Lunatic asylums in Bengal annual reports 1888-1898 - 1888-1898
Year: 1888
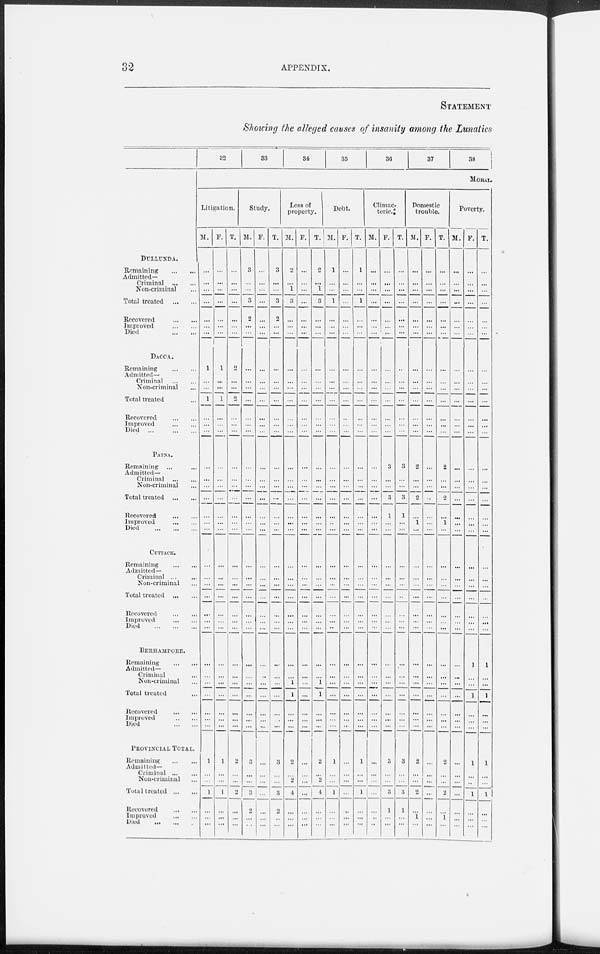
32
APPENDIX.
STATEMENT
Showing the alleged causes of insanity among the Lunatics
DULLUNDA.
Remaining
...
...
Admitted—
Criminal
...
...
Non-criminal ...
Total treated
...
Recovered
...
...
Improved
...
...
Died
...
...
DACCA.
Remaining
...
...
Admitted—
Criminal
...
...
Non-criminal ...
Total treated ...
Recovered
...
...
Improved
...
...
Died
...
...
PATNA.
Remaining ... ...
Admitted—
Criminal
...
...
Non-criminal ...
Total treated
...
...
Recovered
...
...
Improved
...
...
Died
...
...
...
CUTTACK.
Remaining
...
...
Admitted—
Criminal
...
...
Non-criminal ... ...
Total treated
...
...
Recovered
...
...
Improved
...
...
Died
...
...
...
BERHAMPORE.
Remaining
Admitted—
Criminal ... ...
Non-criminal... ...
Total treated...
Recovered
...
...
Improved
...
...
Died
...
...
...
PROVINCIAL TOTAL.
Remaining
...
...
Admitted—
Criminal
...
...
Non-criminal ... ...
Total treated
...
...
Recovered
...
...
Improved
...
...
Died ... ... ...
32
33
34
35
36
37
38
MORAL.
Litigation.
M.
...
...
...
...
...
...
...
1
...
...
1
...
...
...
...
...
...
...
...
...
...
...
...
...
...
...
...
...
...
...
...
...
...
...
...
1
...
...
1
...
...
...
F.
...
...
...
...
...
...
...
1
...
...
1
...
...
...
...
...
...
...
...
...
...
...
...
...
...
...
...
...
...
...
...
...
...
...
...
1
...
...
1
...
...
...
T.
...
...
...
...
...
...
...
2
...
...
2
...
...
...
...
...
...
...
...
...
...
...
...
...
...
...
...
...
...
...
...
...
...
...
...
2
...
...
2
...
...
...
Study.
M.
3
...
...
3
2
...
...
...
...
...
...
...
...
...
...
...
...
...
...
...
...
...
...
...
...
...
...
...
...
...
...
...
...
...
...
3
...
...
3
2
...
...
F.
...
...
...
...
...
...
...
...
...
...
...
...
...
...
...
...
...
...
...
...
...
...
...
...
...
...
...
...
...
...
...
...
...
...
...
...
...
...
...
...
...
...
T.
3
...
...
3
2
...
...
...
...
...
...
...
...
...
...
...
...
...
...
...
...
...
...
...
...
...
...
...
...
...
...
...
...
...
...
3
...
...
3
2
...
...
Loss of
property.
M.
2
...
1
3
...
...
...
...
...
...
...
...
...
...
...
...
...
...
...
...
...
...
...
...
...
...
...
...
...
...
1
1
...
...
...
2
...
2
4
...
...
...
F.
...
...
...
...
...
...
...
...
...
...
...
...
...
...
...
...
...
...
...
...
...
...
...
...
...
...
...
...
...
...
...
...
...
...
...
...
...
...
...
...
...
...
T.
2
...
1
3
...
...
...
...
...
...
...
...
...
...
...
...
...
...
...
...
...
...
...
...
...
...
...
...
...
...
1
1
...
...
...
2
...
2
4
...
...
...
Debt.
M.
1
...
...
1
...
...
...
...
...
...
...
...
...
...
...
...
...
...
...
..
...
...
...
...
...
...
...
...
...
...
...
...
...
...
...
1
...
...
1
...
...
...
F.
...
...
...
...
...
...
...
...
...
...
...
...
...
...
...
...
...
...
...
...
...
...
...
...
...
...
...
...
...
...
...
...
...
...
...
...
...
...
...
...
...
...
T.
1
...
...
1
...
...
...
...
...
...
...
...
...
...
...
...
...
...
...
...
...
...
...
...
...
...
...
...
...
...
...
...
...
...
...
1
...
...
...
...
...
...
Climac-
teric.
M.
...
...
...
...
...
...
...
...
...
...
...
...
...
...
...
...
...
...
...
...
...
...
...
...
...
...
...
...
...
...
...
...
...
...
...
...
...
...
...
...
...
...
F.
...
...
...
...
...
...
...
...
...
...
...
...
...
...
3
...
...
3
1
...
...
...
...
...
...
...
...
...
...
...
...
...
...
...
...
3
...
...
3
1
...
...
T.
...
...
...
...
...
...
...
...
...
...
...
...
...
...
3
...
...
3
1
...
...
...
...
...
...
...
...
...
...
...
...
...
...
...
...
3
...
...
3
1
...
...
Domestic
trouble.
M.
...
...
...
...
...
...
...
...
...
...
...
...
...
...
2
...
...
2
...
1
...
...
...
...
...
...
...
...
...
...
...
...
...
...
...
2
...
...
2
...
1
...
F.
...
...
...
...
...
...
...
...
...
...
...
...
...
...
...
...
...
...
...
...
...
...
...
...
...
...
...
...
...
...
...
...
...
...
...
...
...
...
...
...
...
...
T.
...
...
...
...
...
...
...
...
...
...
...
...
...
2
...
...
2
...
1
...
...
...
...
...
...
...
...
...
...
...
...
...
...
...
2
...
...
2
...
1
...
Poverty.
M.
...
...
...
...
...
...
...
...
...
...
...
...
...
...
...
...
...
...
...
...
...
...
...
...
...
...
...
...
...
...
...
...
...
...
...
...
...
...
...
...
...
...
F.
...
...
...
...
...
...
...
...
...
...
...
...
...
...
...
...
...
...
...
...
...
...
...
...
...
...
...
...
1
...
...
1
...
...
...
1
...
..
1
...
...
...
T.
...
...
...
...
...
...
...
...
...
...
...
...
...
...
...
...
...
...
...
...
...
...
...
...
...
...
...
1
...
...
1
...
...
...
1
...
...
1
...
...
...